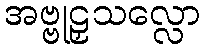
အဗ္ဗုဠှသလ္လော